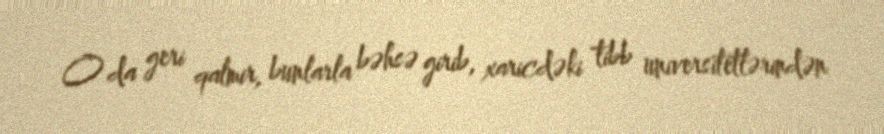
O da geri qalmir, bunlarla bəhsə girib, xaricdəki tibb universitetlərindən